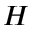
H